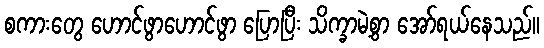
စကားတွေ ဟောင်ဖွာဟောင်ဖွာ ပြောပြီး သိက္ခာမဲ့စွာ အော်ရယ်နေသည်။